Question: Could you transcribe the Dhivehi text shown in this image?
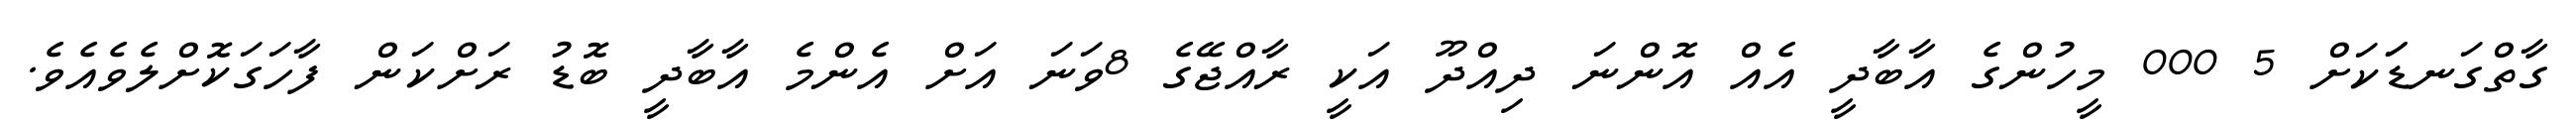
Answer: ގާތްގަނޑަަކަށް 5 000 މީހުންގެ އާބާދީ އެއް އޮންނަ ދިއްދޫ އަކީ ރާއްޖޭގެ 8ވަނަ އަށް އެންމެ އާބާދީ ބޮޑު ރަށްކަން ފާހަގަކޮށްލެވެއެވެ.